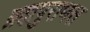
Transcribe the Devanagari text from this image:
ब्रह्मपुराणत